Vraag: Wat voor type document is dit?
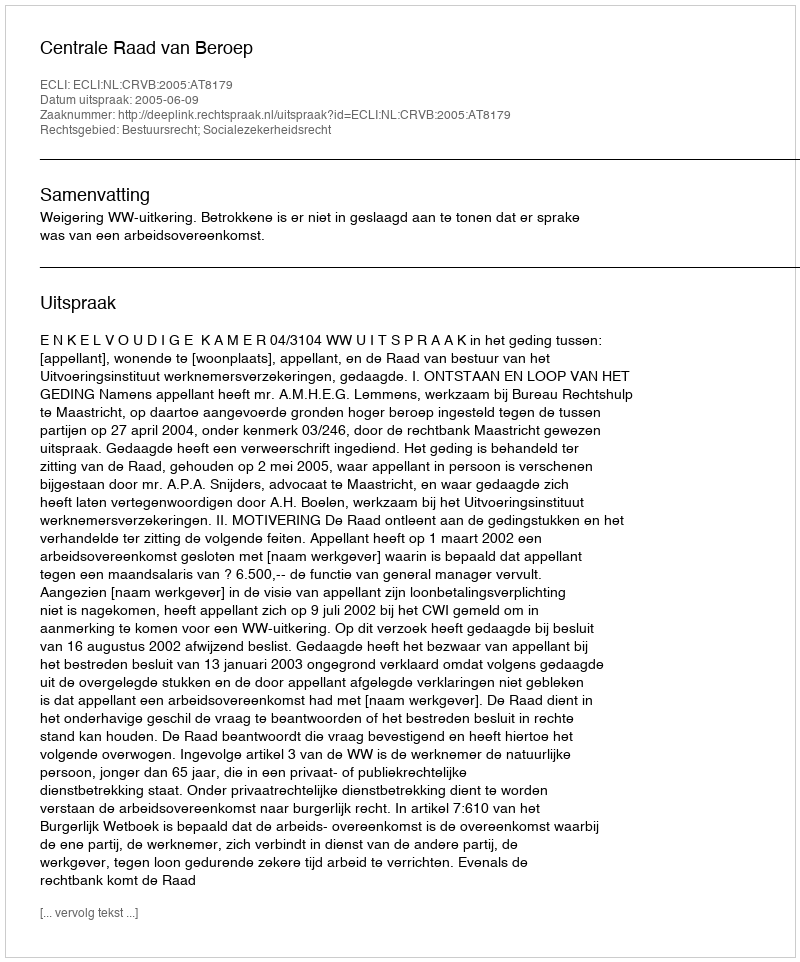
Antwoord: Uitspraak